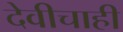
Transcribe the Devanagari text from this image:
देवीचाही